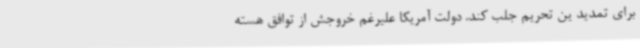
برای تمدید ین تحریم جلب کند. دولت آمریکا علیرغم خروجش از توافق هسته